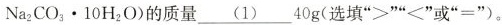
$$N a _ { 2 } C O _ { 3 } \cdot 1 0 H _ { 2 } O$$)的质量___(1)___40g(选填”>””<”或”=”)。